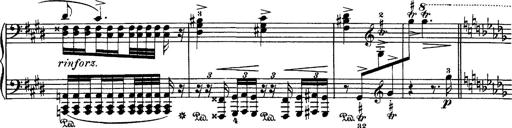
Title: Hungarian Rhapsody No.1
Composer: Franz Liszt
Key: C-sharp minor